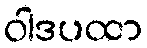
ဝါဒပထာ